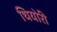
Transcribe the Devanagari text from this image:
थियोरी